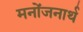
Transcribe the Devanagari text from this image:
मनोंजनार्थ